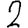
Digit: 2